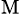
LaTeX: \mathrm{_M}